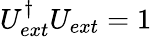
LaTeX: U_{ext}^{\dagger}U_{ext}=1